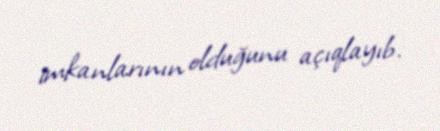
imkanlarının olduğunu açıqlayıb.